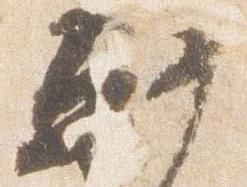
軒